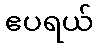
ဧပရယ်